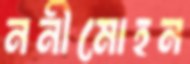
ননীমোহন